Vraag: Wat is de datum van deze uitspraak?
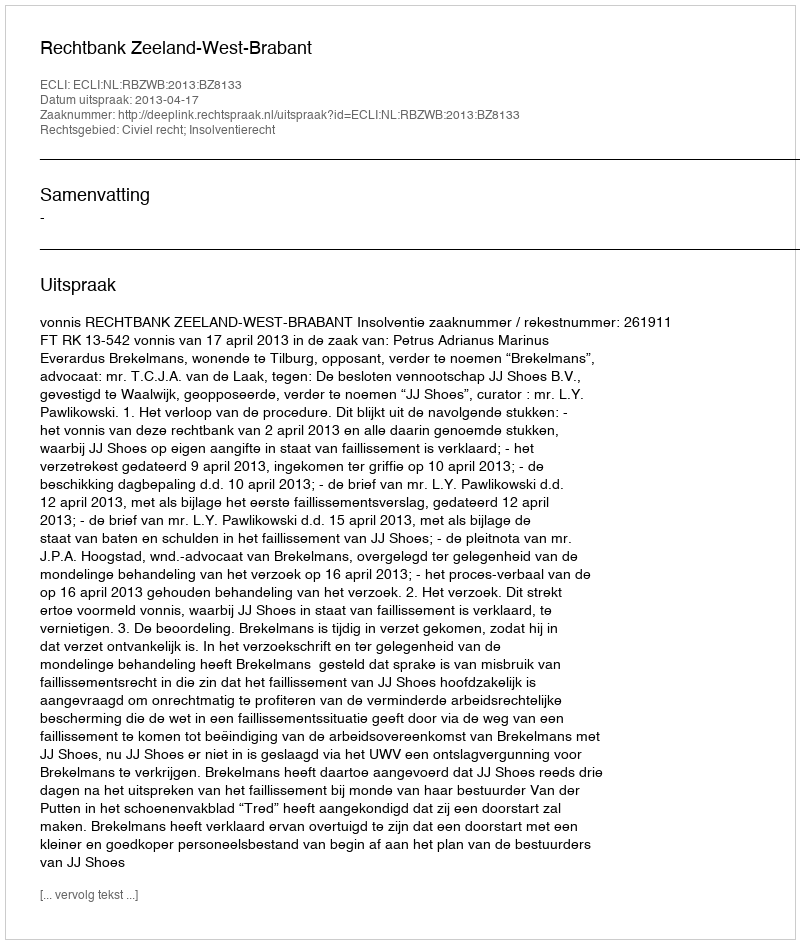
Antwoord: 2013-04-17